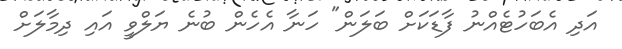
އަދި އެބަހުޓެއްނު ފާޑަކަށް ބަލަން" ހަނާ އެހެން ބުނެ ޔަލްވީ އައި ދިމާލަށް